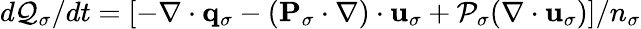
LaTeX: d{\cal Q}_{\sigma}/dt=[-\nabla\cdot{\mathbf q}_{\sigma}-({\mathbf P}_{\sigma}\cdot\nabla)\cdot{\mathbf u}_{\sigma}+{\cal P}_{\sigma}(\nabla\cdot{\mathbf u}_{\sigma})]/n_{\sigma}